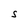
Character: S